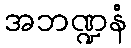
အဘဏ္ဍနံ